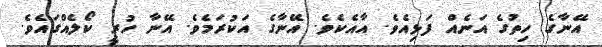
އޭނާގެ ހިތުގެ އަނެއް ފަޅިއެވެ. އާއެކެވެ. އޭނާގެ އަކުރަމެވެ. އޭނާ ހުރީ ކޯލެއްގައެވެ.